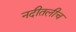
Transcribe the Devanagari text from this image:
नदीतलीच